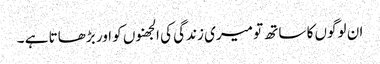
ان لوگوں کا ساتھ تو میری زندگی کی الجھنوں کو اور بڑھاتا ہے ۔